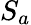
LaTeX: S_{a}